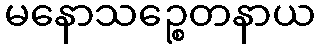
မနောသဉ္စေတနာယ